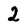
Character: 2